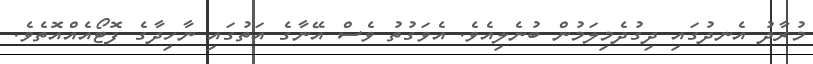
މުރާދު އެނދުގައި ދިގުދެމިލަމުން ބުނެލިއެވެ. އެވަގުތު ވެސް އޭނާގެ އަތުގައި ނާހިދާގެ ފޮޓޯއެއްއޮތެވެ.